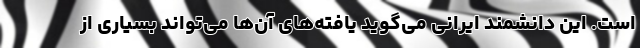
است. این دانشمند ایرانی می‌گوید یافته‌های آن‌ها می‌تواند بسیاری از